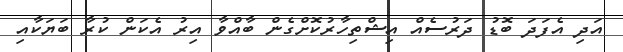
އަދި އެފަދަ ބޮޑު ދަރުސެއް އިޝްތިހާރުކޮށްގެން ބާއްވާ އިރު އެކަން ކުރާ ބަޔަކާއި